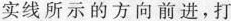
偏转磁场实线所示的方向前进，打